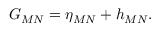
G _ { M N } = \eta _ { M N } + h _ { M N } .